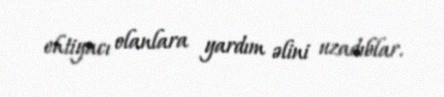
ehtiyacı olanlara yardım əlini uzadıblar.